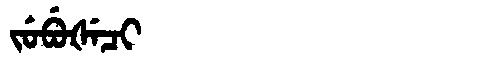
Manchu: ᠵᡠᠪᡠᡧᡝᠴᡳ
Romanization: JUBUŠECI